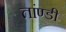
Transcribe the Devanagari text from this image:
तांण्डी